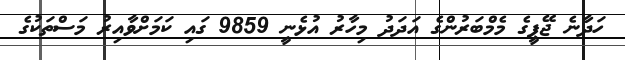
ހަދާނެ ޖޭޕީގެ މެމްބަރުންގެ އަދަދު މިހާރު އުޅެނީ 9859 ގައި ކަމަށްވާއިރު މަސްތަކުގެ